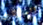
المهدئات